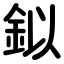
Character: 鉯